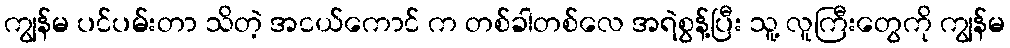
ကျွန်မ ပင်ပမ်းတာ သိတဲ့ အငယ်ကောင် က တစ်ခါတစ်လေ အရဲစွန့်ပြီး သူ့ လူကြီးတွေကို ကျွန်မ